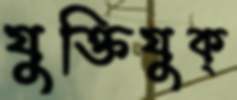
যুক্তিযুক্